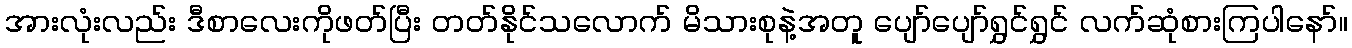
အားလုံးလည်း ဒီစာလေးကိုဖတ်ပြီး တတ်နိုင်သလောက် မိသားစုနဲ့အတူ ပျော်ပျော်ရွှင်ရွှင် လက်ဆုံစားကြပါနော်။